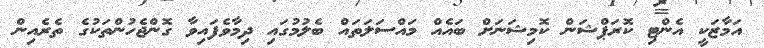
އަމާޒަކީ އެންޓި ކޮރަޕްޝަން ކޮމިޝަނަށް ބައެއް މައްސަލަތައް ބެލުމުގައި ދިމާވެފައިވާ ގޮންޖެހުންތަކުގެ ތެރެއިން